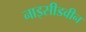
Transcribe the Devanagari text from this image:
नाइसीडवीन